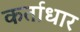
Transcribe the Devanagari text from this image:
कर्ताधार